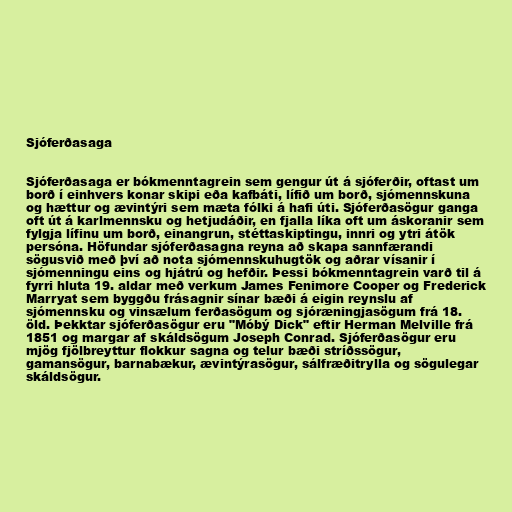
Sjóferðasaga

Sjóferðasaga er bókmenntagrein sem gengur út á sjóferðir, oftast um
borð í einhvers konar skipi eða kafbáti, lífið um borð, sjómennskuna
og hættur og ævintýri sem mæta fólki á hafi úti. Sjóferðasögur ganga
oft út á karlmennsku og hetjudáðir, en fjalla líka oft um áskoranir sem
fylgja lífinu um borð, einangrun, stéttaskiptingu, innri og ytri átök
persóna. Höfundar sjóferðasagna reyna að skapa sannfærandi
sögusvið með því að nota sjómennskuhugtök og aðrar vísanir í
sjómenningu eins og hjátrú og hefðir. Þessi bókmenntagrein varð til á
fyrri hluta 19. aldar með verkum James Fenimore Cooper og Frederick
Marryat sem byggðu frásagnir sínar bæði á eigin reynslu af
sjómennsku og vinsælum ferðasögum og sjóræningjasögum frá 18.
öld. Þekktar sjóferðasögur eru "Móbý Dick" eftir Herman Melville frá
1851 og margar af skáldsögum Joseph Conrad. Sjóferðasögur eru
mjög fjölbreyttur flokkur sagna og telur bæði stríðssögur,
gamansögur, barnabækur, ævintýrasögur, sálfræðitrylla og sögulegar
skáldsögur.